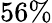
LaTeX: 56\%